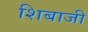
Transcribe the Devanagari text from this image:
शिबाजी